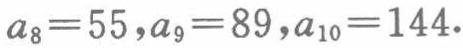
\(a_{8}=55,a_{9}=89,a_{10}=144.\)